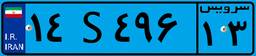
۱۴S۴۹۶۱۳